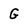
Character: G